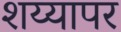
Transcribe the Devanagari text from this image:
शय्यापर